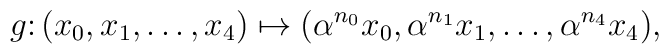
g\colon(x_0,x_1,\ldots,x_4)\mapsto(\alpha^{n_0}x_0,\alpha^{n_1}x_1,		\ldots,\alpha^{n_4}x_4),